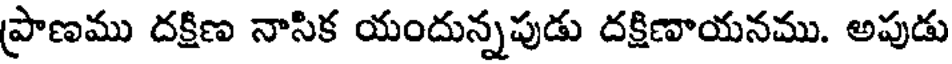
ప్రాణము దక్షిణ నాసిక యందున్నపుడు దక్షిణాయనము. అపుడు